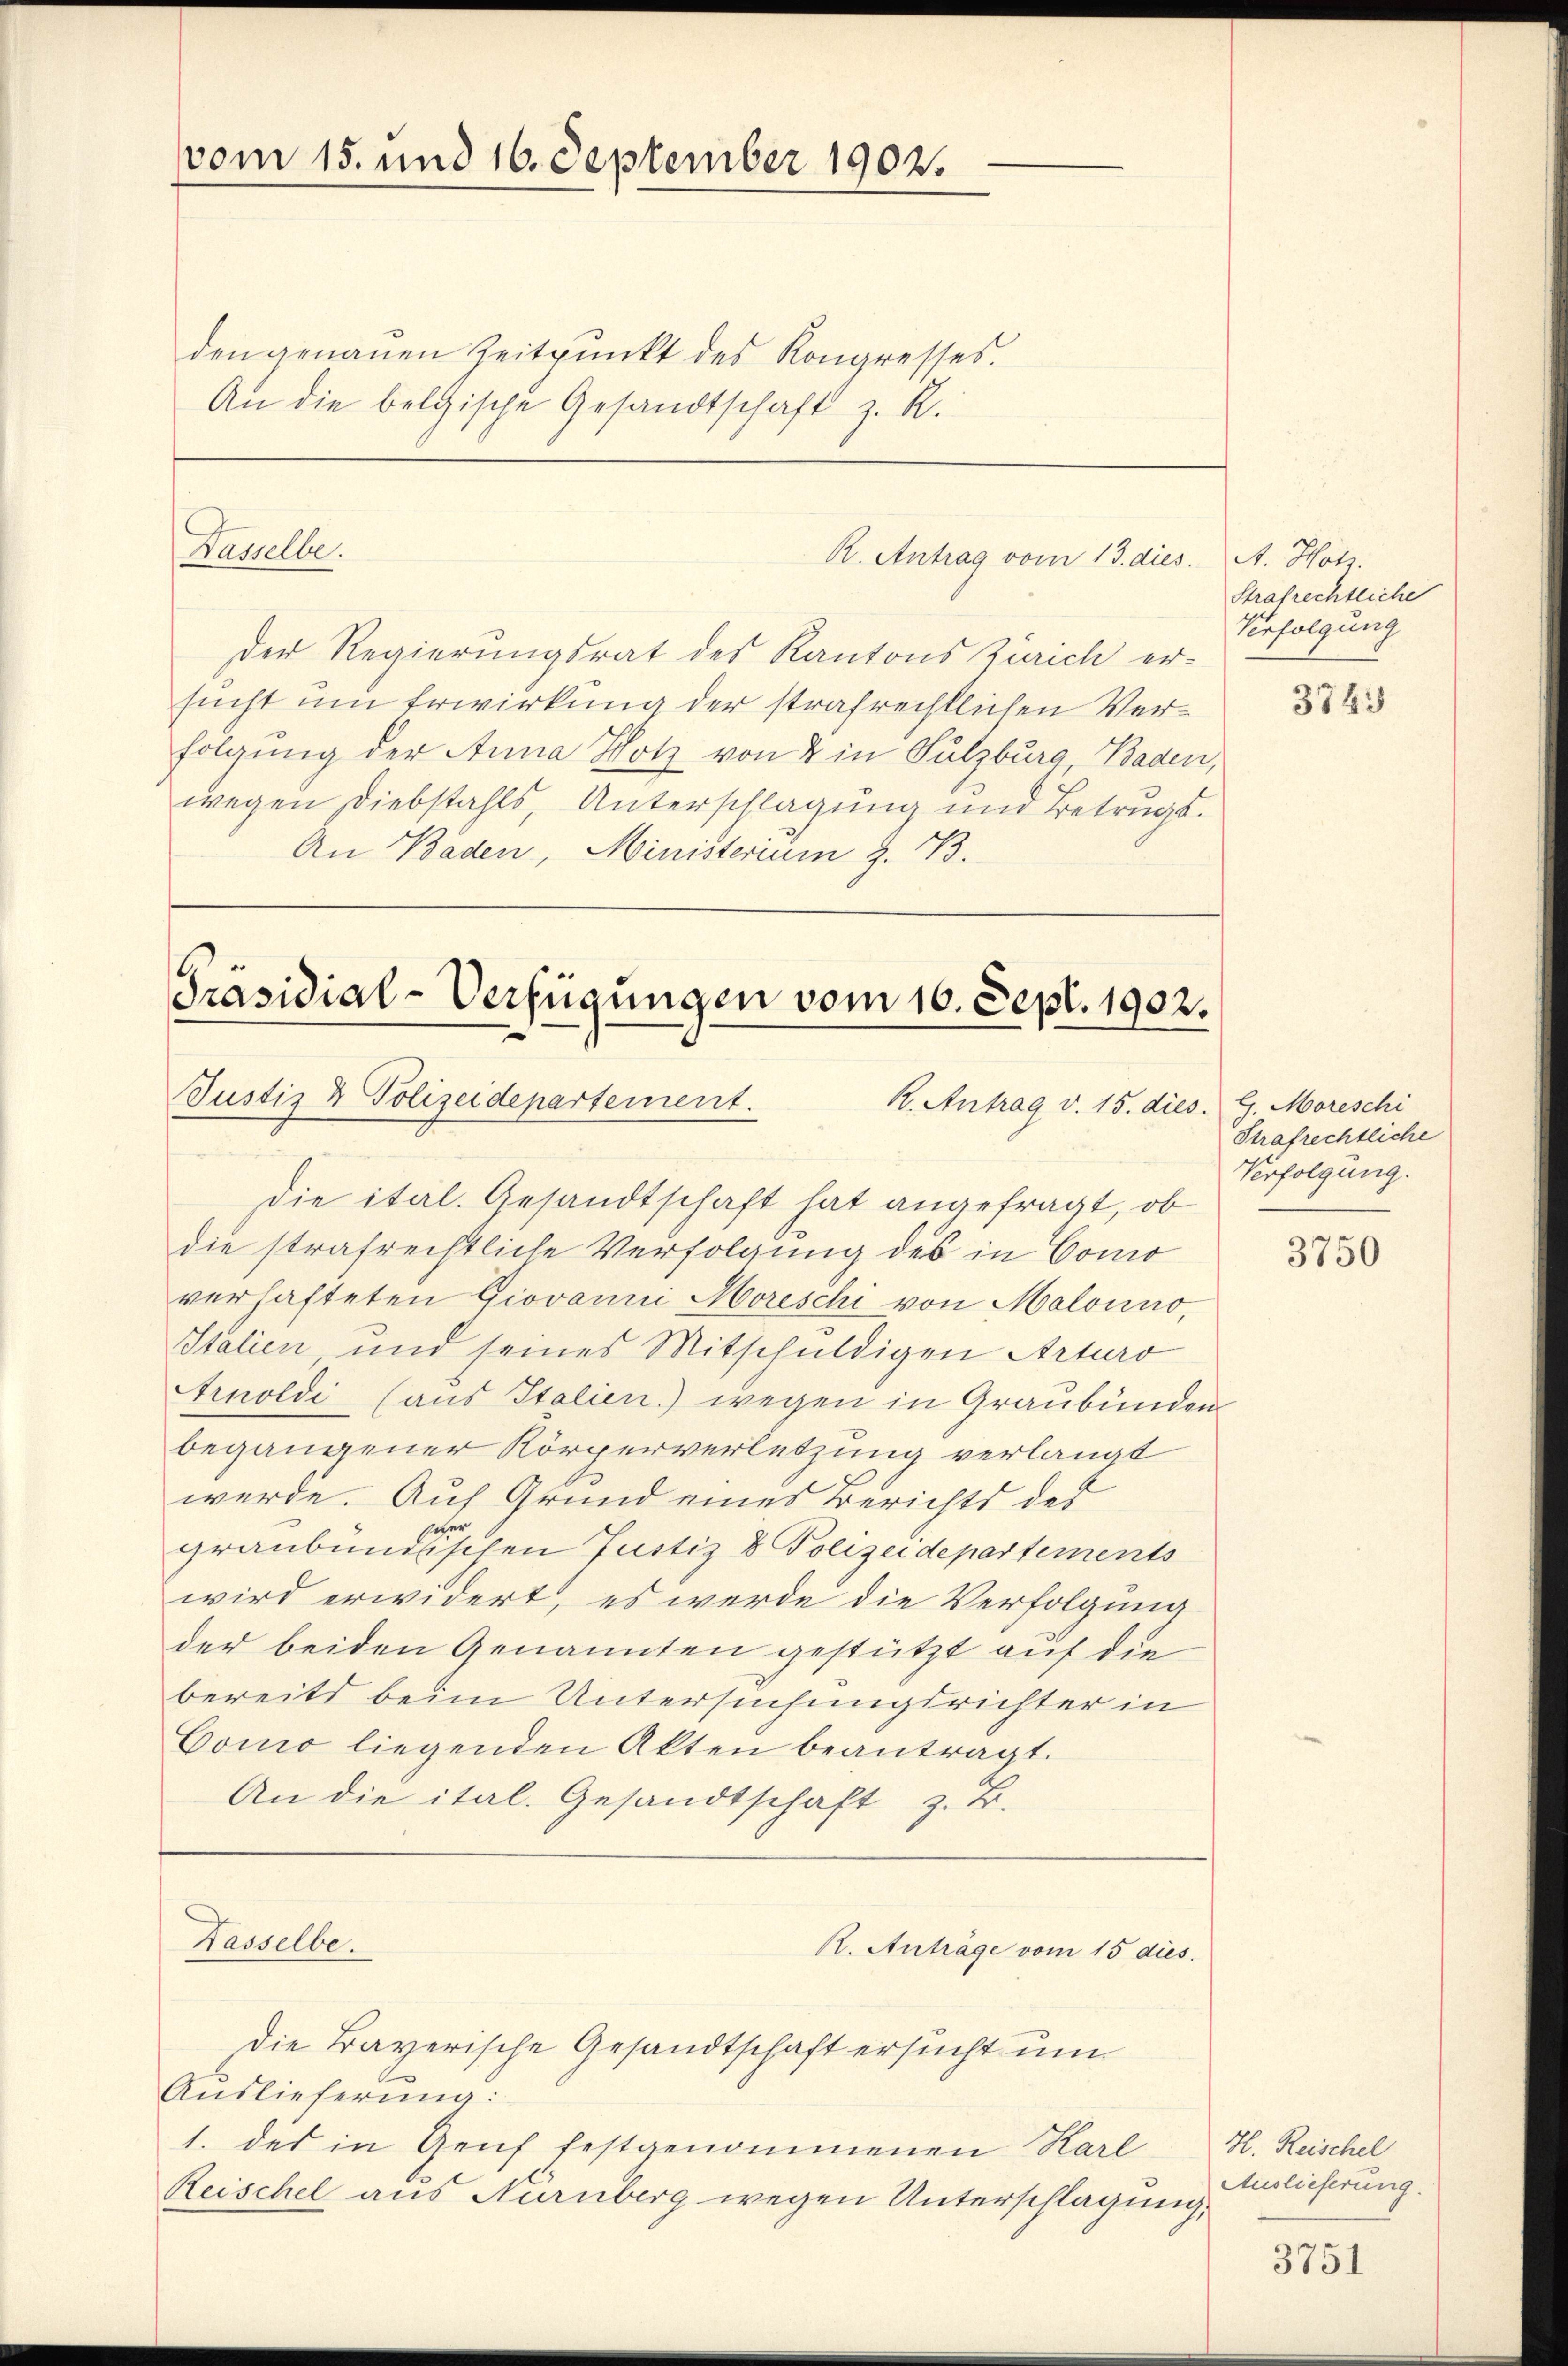
vom 15. und 16. September 1902.

den genauen Zeitpunkt des Kongresses.
An die belgische Gesandtschaft z. R.
Der Regierungsrat des Kantons Zürich ersucht um Erwirkung der strafrechtlichen Verfolgung der Anna Hotz von 2 in Sulzburg, Baden,
wegen Diebstahls, Unterschlagung und Betrugs.
An Baden, Ministerium z. B.

Hasselbe.

Präsidial-Verfügungen vom 16. Sept. 1902.
Justiz & Polizeidepartement.
R. Antrag v. 15. dies. G. Moreschi

R. Antrag vom 13. dies. A. Hotz.

die ital. Gesandtschaft hat angefragt, ob
die strafrechtliche Verfolgung des in Como
verhafteten Giovanni Moreschi von Malouno,
Italien und seines Mitschuldigen Arturo
Arnoldi (aus Italien) wegen in Graubünden
begangener Körperverletzung verlangt
werde. Auf Grund eines Berichts des
graubündischen Justiz & Polizeidepartements
wird erwidert, es werde die Verfolgung
der beiden Genannten gestützt auf die
bereits beim Untersuchungsrichter in
Como liegenden Akten beantragt.
An die ital. Gesandtschaft z. B.
Kasselbe.
R. Anträge vom 15 dies
Die Bayerische Gesandtschaft ersucht um
Auslieferung:
1. des in Genf festgenommenen Karl H. Reischel
Reischel aus Nurüberg wegen Unterschlagung,

Strafrechtliche
Verfolgung

3743

Strafrechtliche
Verfolgung.

3750

Auslieferung.

3751